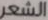
الشعر